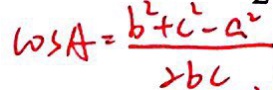
\cos A = \frac { b ^ { 2 } + c ^ { 2 } - a ^ { 2 } } { 2 b c . }